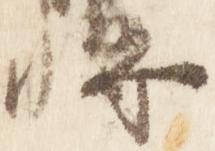
将